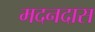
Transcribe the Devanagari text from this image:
मदनदास